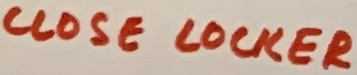
Text: CLOSE LOCKER